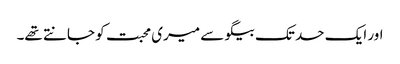
اور ایک حد تک بیگو سے میری محبت کو جانتے تھے۔